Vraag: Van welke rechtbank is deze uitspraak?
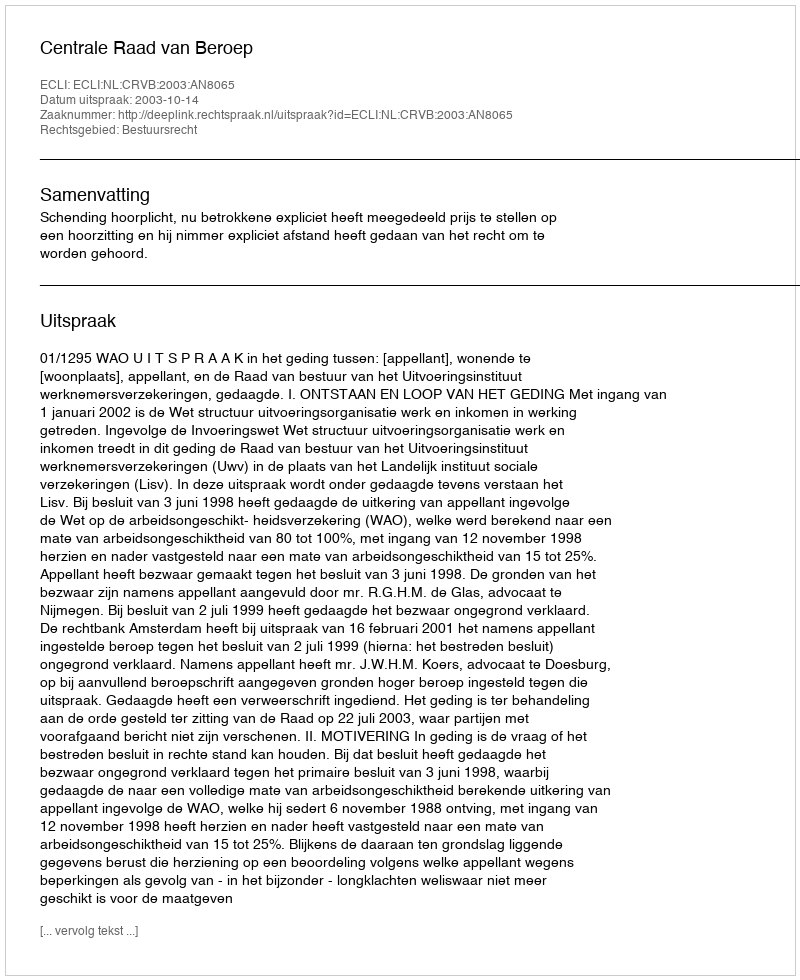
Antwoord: Centrale Raad van Beroep